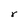
Character: r